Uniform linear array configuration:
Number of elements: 32
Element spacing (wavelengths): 0.75
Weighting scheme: kaiser
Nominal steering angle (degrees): -30
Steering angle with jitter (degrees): -28.572
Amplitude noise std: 0.05
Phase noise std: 0.05

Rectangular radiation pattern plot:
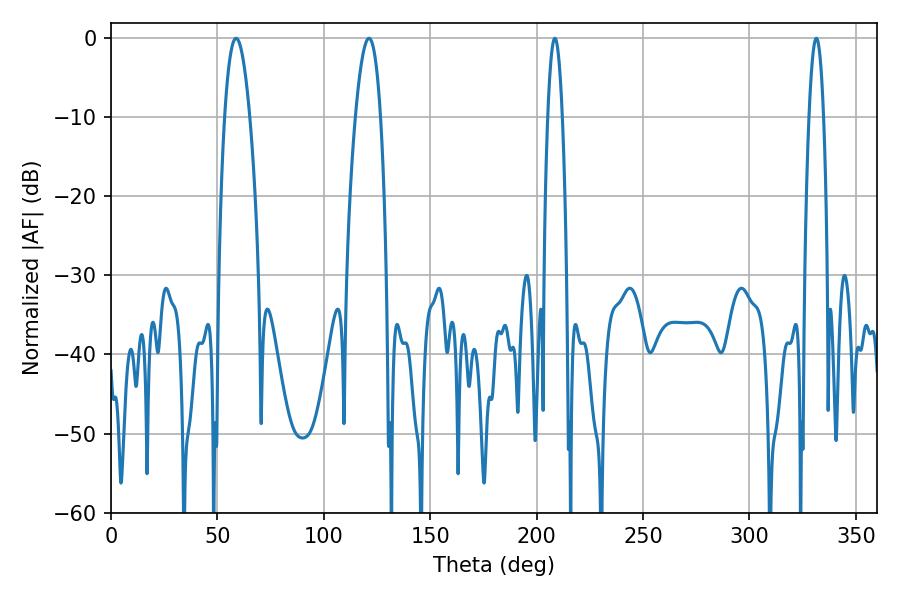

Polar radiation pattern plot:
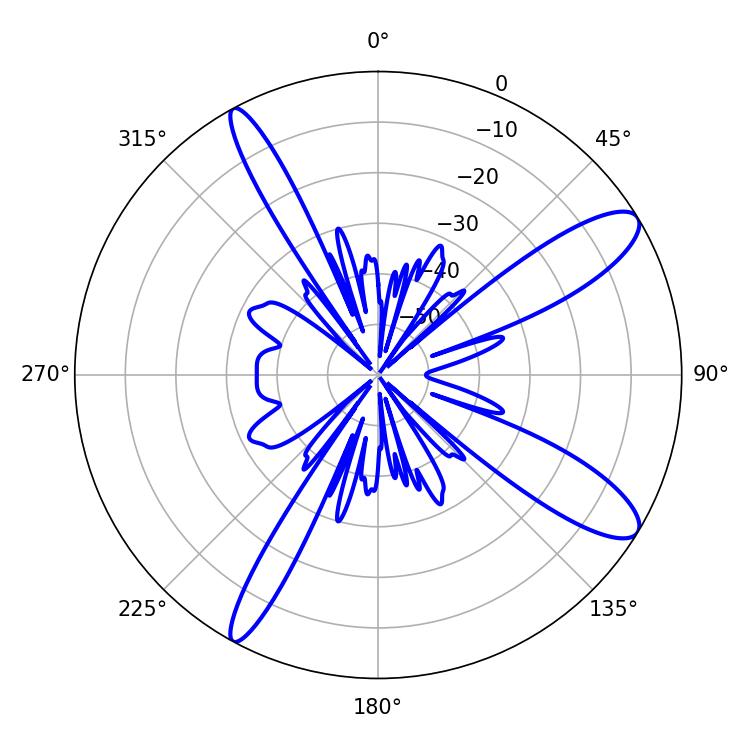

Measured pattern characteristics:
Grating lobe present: TRUE
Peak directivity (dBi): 11.521
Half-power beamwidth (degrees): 6.48
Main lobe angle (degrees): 58.86